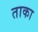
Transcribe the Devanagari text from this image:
ताका